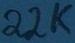
Text: 22K